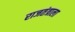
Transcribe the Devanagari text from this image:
राजतंत्राला